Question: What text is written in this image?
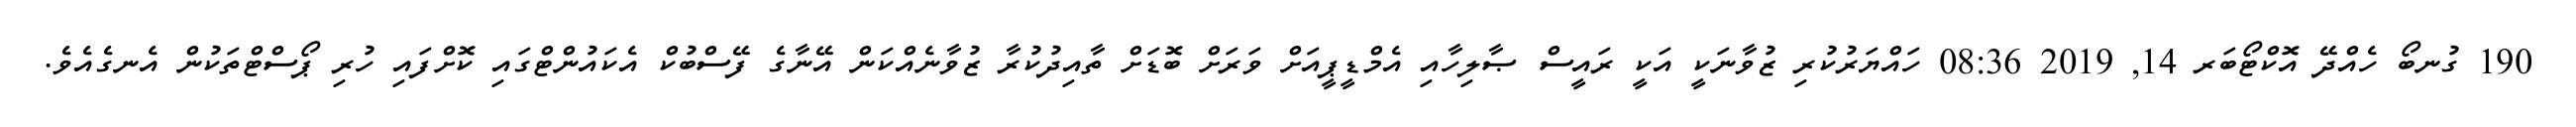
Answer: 190 ގުނބޯ ހެއްދޭ އޮކްޓޯބަރ 14, 2019 08:36 ހައްޔަރުކުރި ޒުވާނަކީ އަކީ ރައީސް ޞާލިހާއި އެމްޑީޕީއަށް ވަރަށް ބޮޑަށް ތާއިދުކުރާ ޒުވާނެއްކަން އޭނާގެ ފޭސްބުކް އެކައުންޓްގައި ކޮށްފައި ހުރި ޕޯސްޓްތަކުން އެނގެއެވެ.